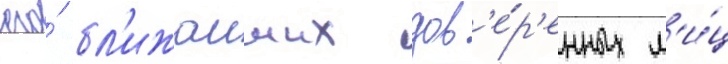
его́ бл'ижаиших дов'е́р'енных л'и́ц